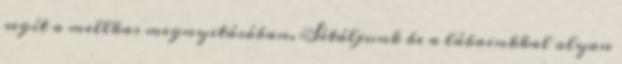
segít a mellkas megnyitásában. Sétáljunk be a lábainkkal olyan